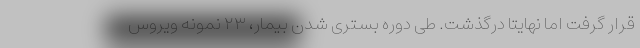
قرار گرفت اما نهایتا درگذشت. طی دوره بستری شدن بیمار، ۲۳ نمونه ویروس